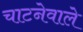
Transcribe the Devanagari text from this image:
चाटनेवाले